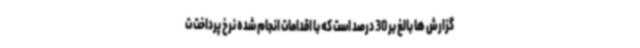
گزارش ها بالغ بر 30 درصد است که با اقدامات انجام شده نرخ پرداخت ت